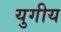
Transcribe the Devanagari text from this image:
युगीय